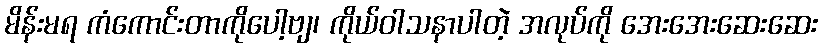
မိန်းမရ ကံကောင်းတာကိုပေါ့ဗျ၊ ကိုယ်ဝါသနာပါတဲ့ အလုပ်ကို အေးအေးဆေးဆေး